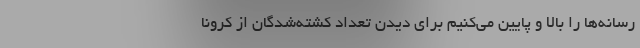
رسانه‌ها را بالا و پایین می‌کنیم برای دیدن تعداد کشته‌شدگان از کرونا